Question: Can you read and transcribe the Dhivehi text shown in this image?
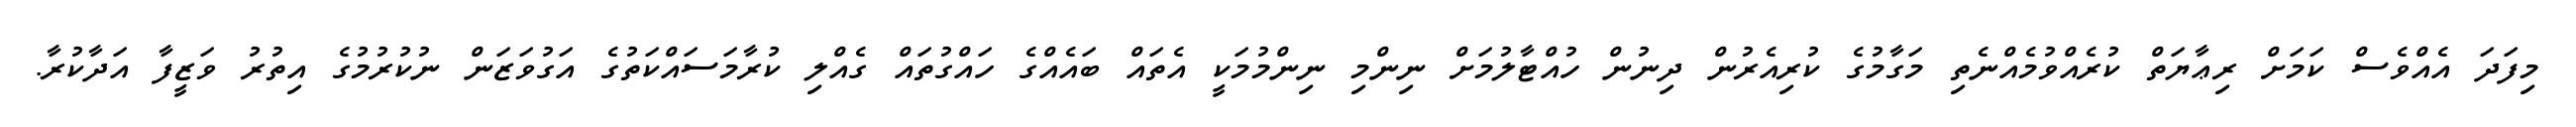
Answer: މިފަދަ އެއްވެސް ކަމަށް ރިޢާޔަތް ކުރެއްވުމެއްނެތި މަގާމުގެ ކުރިއެރުން ދިނުން ހުއްޓާލުމަށް ނިންމި ނިންމުމަކީ އެތައް ބައެއްގެ ހައްގުތައް ގެއްލި ކުރާމަސައްކަތުގެ އަގުވަޒަން ނުކުރުމުގެ އިތުރު ވަޒީފާ އަދާކުރާ.